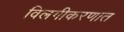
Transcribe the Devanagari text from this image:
विलगीकरणात